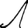
Digit: 1